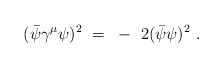
\begin{align*}(\bar{\psi} \gamma^\mu \psi)^2 ~=~ -~ 2 (\bar{\psi} \psi)^2 ~. \end{align*}